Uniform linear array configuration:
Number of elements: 8
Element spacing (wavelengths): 0.75
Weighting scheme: uniform
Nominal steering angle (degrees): -45
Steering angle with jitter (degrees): -45.753
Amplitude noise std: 0.05
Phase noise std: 0.05

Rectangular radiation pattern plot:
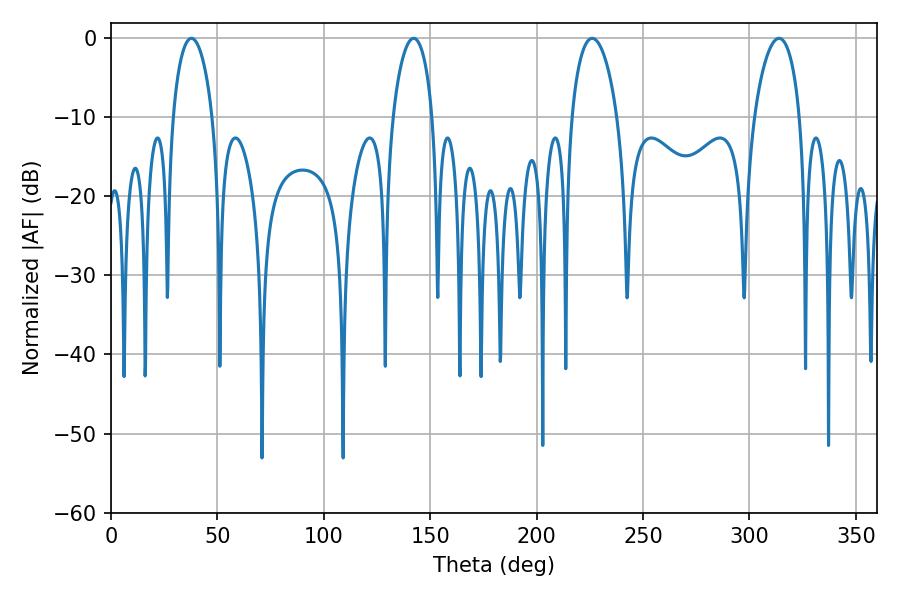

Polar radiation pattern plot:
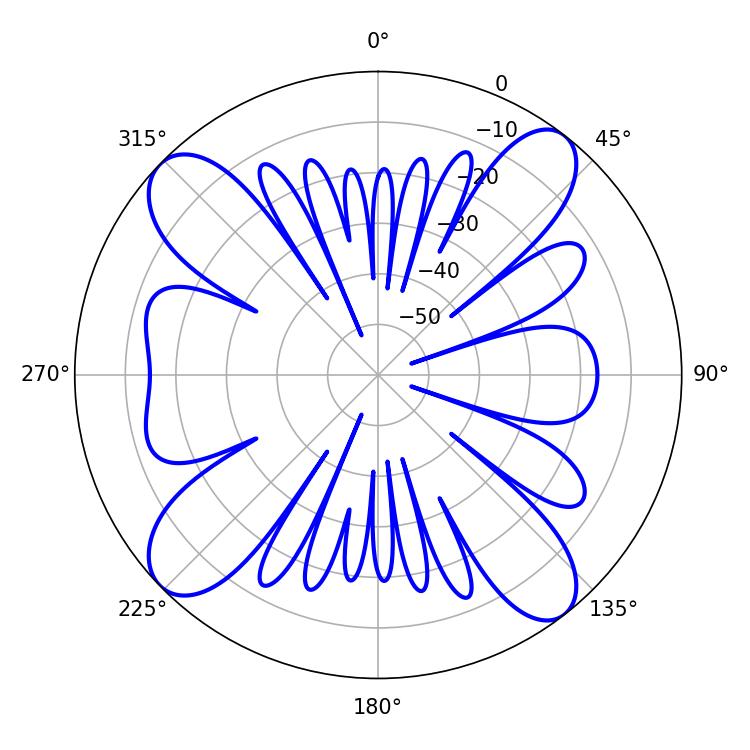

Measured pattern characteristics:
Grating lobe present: TRUE
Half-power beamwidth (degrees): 10.8
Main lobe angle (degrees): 37.8